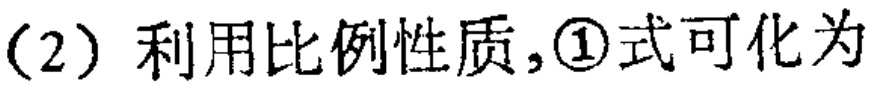
（2）利用比例性质,\textcircled{1}式可化为